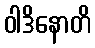
ဝါဒိနောတိ